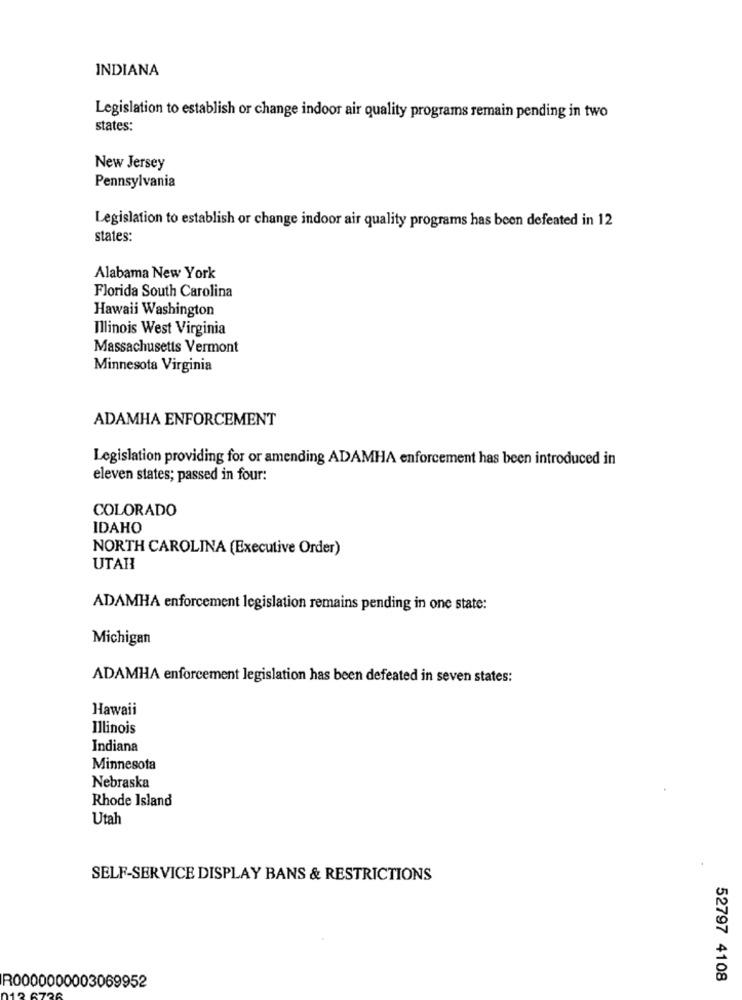
INDIANA
Legislation to establish or change indoor air quality programs remain pending in two
states:
New Jersey
Pennsylvania
Legislation to establish or change indoor air quality programs has been defeated in 12
states:
Alabama New York
Florida South Carolina
Hawaii Washington
Illinois West Virginia
Massachusetts Vermont
Minnesota Virginia
ADAMHA ENFORCEMENT
Legislation providing for or amending ADAMHA enforcement has been introduced in
eleven states; passed in four:
COLORADO
IDAHO
NORTH CAROLINA (Executive Order)
UTAH
ADAMHA enforcement legislation remains pending in one state:
Michigan
ADAMHA enforcement legislation has been defeated in seven states:
Hawaii
Illinois
Indiana
Minnesota
Nebraska
Rhode Island
Utah
SELF-SERVICE DISPLAY BANS & RESTRICTIONS
52797 4108
R0000000003069952